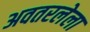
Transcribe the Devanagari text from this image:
अवतरलेला